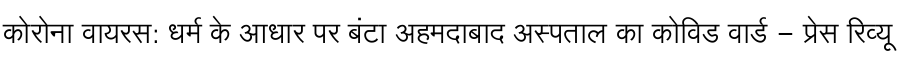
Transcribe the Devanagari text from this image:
कोरोना वायरस: धर्म के आधार पर बंटा अहमदाबाद अस्पताल का कोविड वार्ड - प्रेस रिव्यू